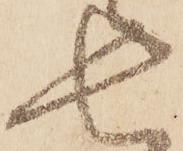
七